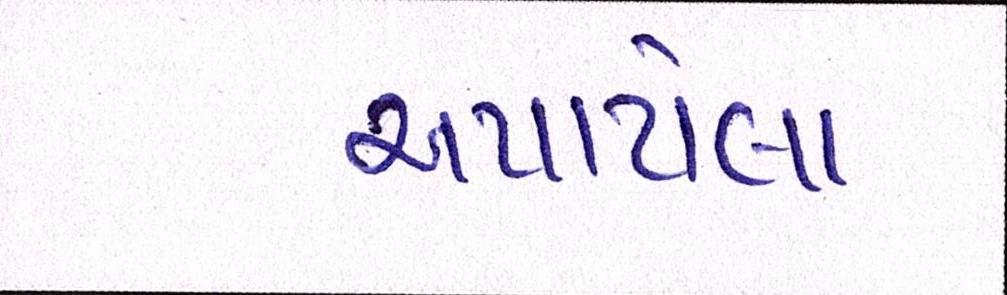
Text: અપાયેલા